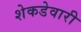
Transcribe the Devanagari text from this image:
शेकडेवारी